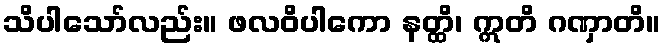
သိပါသော်လည်း။ ဖလဝိပါကော နတ္ထိ၊ ဣတိ ဂဏှာတိ။